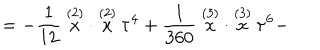
= - \frac 1 { 1 2 } \stackrel { ( 2 ) } { x } \cdot \stackrel { ( 2 ) } { x } \tau ^ { 4 } + \frac 1 { 3 6 0 } \stackrel { ( 3 ) } { x } \cdot \stackrel { ( 3 ) } { x } \tau ^ { 6 } -